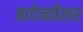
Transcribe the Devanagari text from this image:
बादेनवैलर